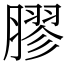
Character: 膠